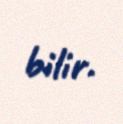
bilir.